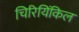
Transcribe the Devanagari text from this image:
चिरियिंकिल